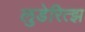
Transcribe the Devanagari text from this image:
लुडेरित्झ